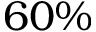
6 0 \%